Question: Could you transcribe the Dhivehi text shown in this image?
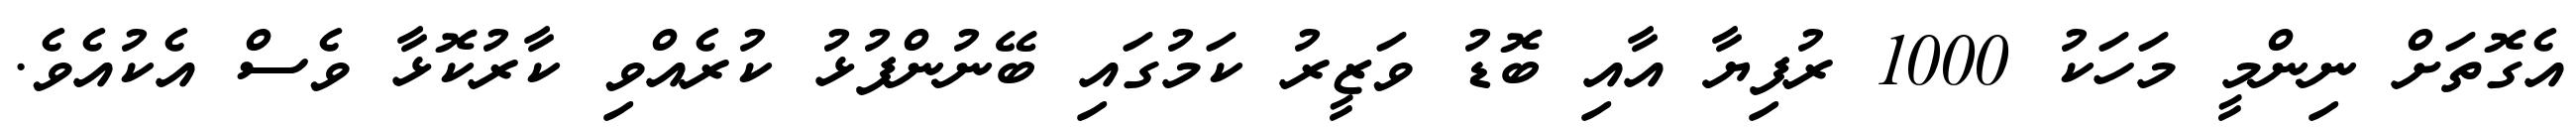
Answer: އެގޮތަށް ނިންމީ މަހަކު 1000 ރުފިޔާ އާއި ބޮޑު ވަޒީރު ކަމުގައި ބޭނުންފުޅު ކުރެއްވި ކާރުކޮޅާ ވެސް އެކުއެވެ.